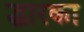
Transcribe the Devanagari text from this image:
द्धारका